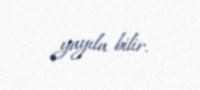
yayıla bilir.